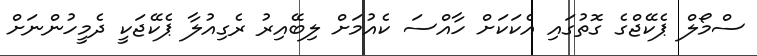
ސްމޯލް ޕެކޭޖްގެ ގޮތުގައި އެކަކަށް ހާއްސަ ކެއުމަށް ލިބޭއިރު ރެގިއުލާ ޕެކޭޖަކީ ދެމީހުންނަށް